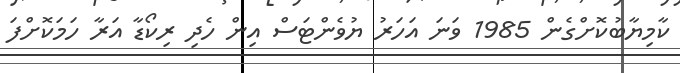
ކާމިޔާބުކޮށްގެން 1985 ވަނަ އަހަރު ޔުވެންޓަސް އިން ހެދި ރިކޯޑާ އަރާ ހަމަކޮށްފަ